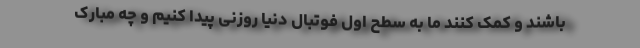
باشند و کمک کنند ما به سطح اول فوتبال دنیا روزنی پیدا کنیم و چه مبارک